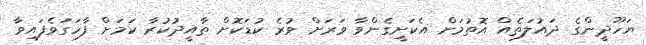
ޔަހޫދީންގެ ދައުލަތެއް އޮތުމަށް އެކަށީގެންވާ ވަރަށް ވުރެ ކުޑަކޮށް ތާއީދުކުރާ ކަމަށް ފާހަގަވެފައިވާ